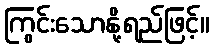
ကြွင်းသောနို့ရည်ဖြင့်။